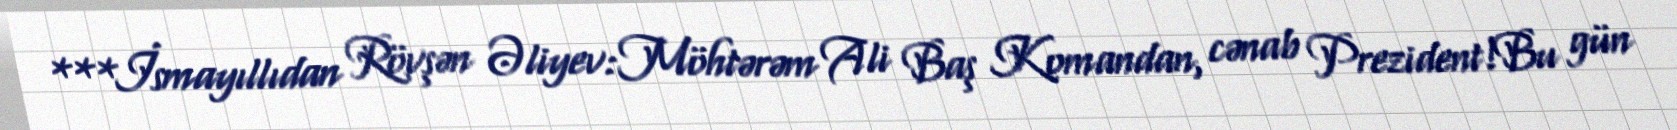
***İsmayıllıdan Rövşən Əliyev:Möhtərəm Ali Baş Komandan, cənab Prezident!Bu gün